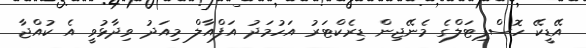
އޭޑީކޭ ހޮސްޕިޓަލްގެ މެނޭޖިން ޑިރެކްޓަރު އަހުމަދު އަފްއާލް މިއަދު ވިދާޅުވީ އެ ކުއްޖާ